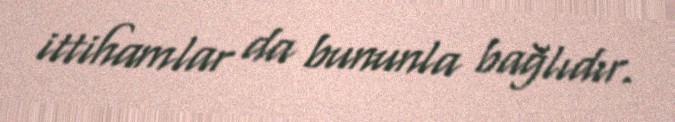
ittihamlar da bununla bağlıdır.